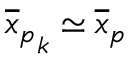
{ \overline { { x } } _ { p } } _ { k } \simeq { \overline { { x } } _ { p } }